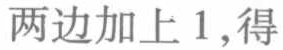
两边加上 1 ,得